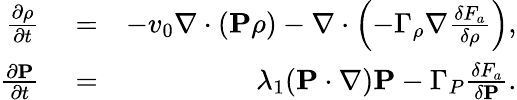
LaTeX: \begin{array}{rlr}{\frac{\partial\rho}{\partial t}}&{{}=}&{-v_{0}\nabla\cdot({\mathbf P}\rho)-\nabla\cdot\left(-\Gamma_{\rho}\nabla\frac{\delta F_{a}}{\delta\rho}\right),}\\ {\frac{\partial{\mathbf P}}{\partial t}}&{{}=}&{\lambda_{1}({\mathbf P}\cdot\nabla){\mathbf P}-\Gamma_{P}\frac{\delta F_{a}}{\delta{\mathbf P}}.}\end{array}